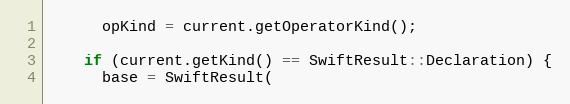
Language: C++
      opKind = current.getOperatorKind();

    if (current.getKind() == SwiftResult::Declaration) {
      base = SwiftResult(